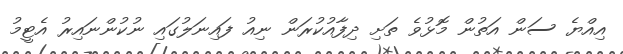
އިއްޔެ ސަން އަތުން މޮޅުވެ ތަށި ދިފާއުކުރަން ނިއު ފައިނަލުގައި ނުކުންނައިރު އެޓީމު